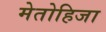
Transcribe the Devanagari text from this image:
मेतोहिजा